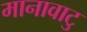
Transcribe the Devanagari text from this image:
मानावाटु